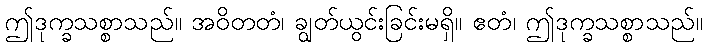
ဤဒုက္ခသစ္စာသည်။ အဝိတတံ၊ ချွတ်ယွင်းခြင်းမရှိ။ ဧတံ၊ ဤဒုက္ခသစ္စာသည်။